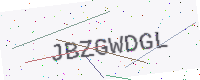
Text: JBZGWDGL